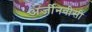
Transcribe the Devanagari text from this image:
अर्जीनवीसी